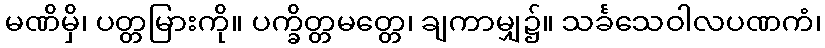
မဏိမှိ၊ ပတ္တမြားကို။ ပက္ခိတ္တမတ္တေ၊ ချကာမျှ၌။ သင်္ခသေဝါလပဏကံ၊